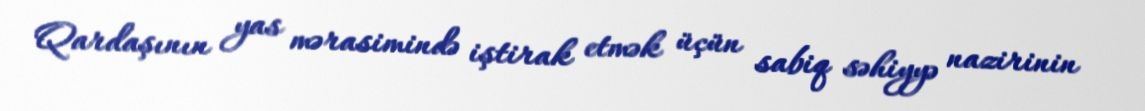
Qardaşının yas mərasimində iştirak etmək üçün sabiq səhiyyə nazirinin